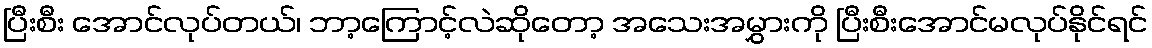
ပြီးစီး အောင်လုပ်တယ်၊ ဘာ့ကြောင့်လဲဆိုတော့ အသေးအမွှားကို ပြီးစီးအောင်မလုပ်နိုင်ရင်